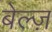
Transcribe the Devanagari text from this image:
बेल्ज़